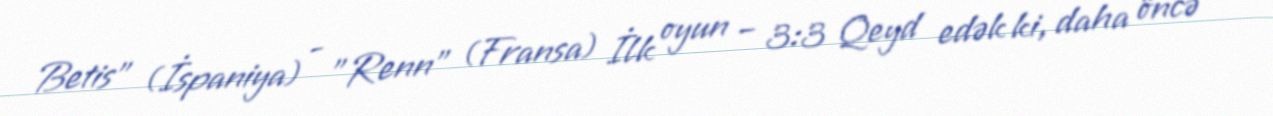
Betis" (İspaniya) - "Renn" (Fransa) İlk oyun – 3:3 Qeyd edək ki, daha öncə